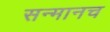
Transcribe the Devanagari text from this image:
सन्मानच